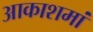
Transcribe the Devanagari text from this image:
आकाशमां